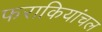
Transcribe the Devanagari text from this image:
फराकियांचल